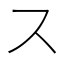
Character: ス